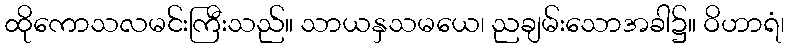
ထိုကောသလမင်းကြီးသည်။ သာယနှသမယေ၊ ညချမ်းသောအခါ၌။ ဝိဟာရံ၊